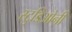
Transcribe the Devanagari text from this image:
स्टुडिओनी